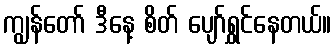
ကျွန်တော် ဒီနေ့ စိတ် ပျော်ရွှင်နေတယ်။